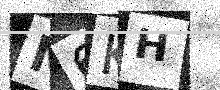
Text: M6KH